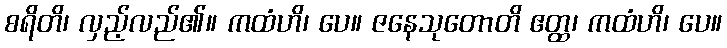
စရိတိ၊ လှည့်လည်၏။ ကထံဟိ၊ ပေ။ ဇနေသုတောတိ ဧတ္ထ၊ ကထံဟိ၊ ပေ။